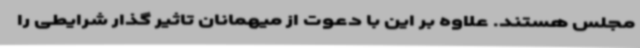
مجلس هستند. علاوه بر این با دعوت از میهمانان تاثیر گذار شرایطی را